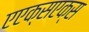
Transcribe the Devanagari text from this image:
एएक्सएक्स